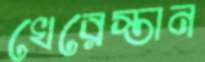
খেরেস্তান